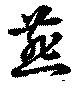
燕